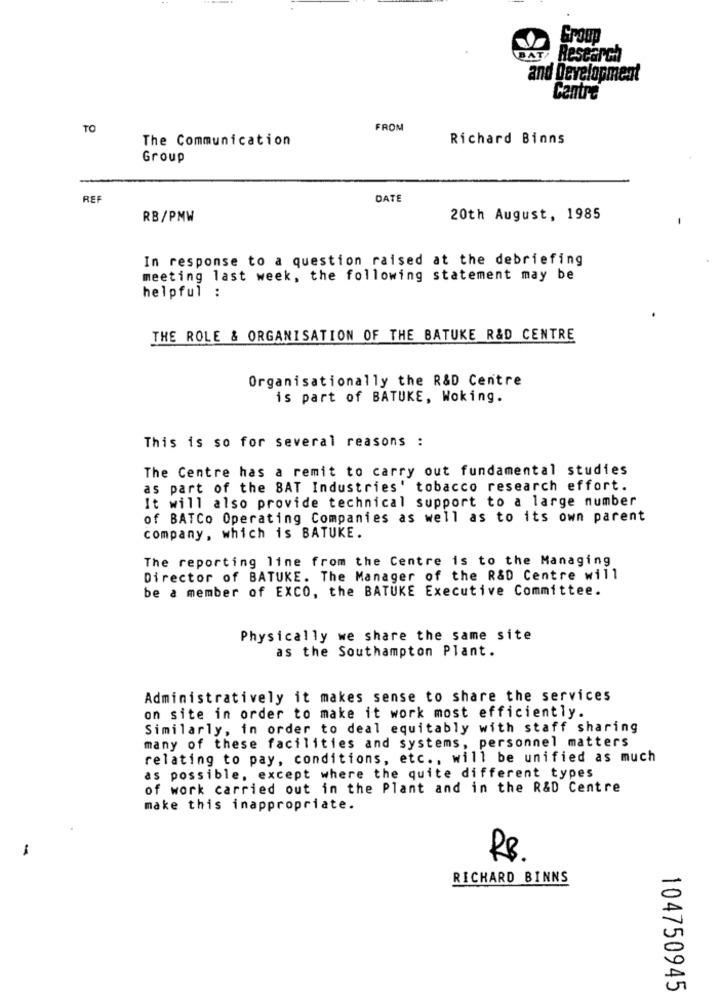
BAT, Research
and Development
Centre
TO
FROM
The Communication
Richard Binns
Group
REF
DATE
RB/PMW
20th August, 1985
In response to a question raised at the debriefing
meeting last week, the following statement may be
helpful :
THE ROLE & ORGANISATION OF THE BATUKE R&D CENTRE
Organisationally the R&D Centre
is part of BATUKE, Woking.
This is so for several reasons :
The Centre has a remit to carry out fundamental studies
as part of the BAT Industries' tobacco research effort.
It will also provide technical support to a large number
of BATCo Operating Companies as well as to its own parent
company, which is BATUKE.
The reporting line from the Centre is to the Managing
Director of BATUKE. The Manager of the R&D Centre will
be a member of EXCO, the BATUKE Executive Committee.
Physically we share the same site
as the Southampton Plant.
Administratively it makes sense to share the services
on site in order to make it work most efficiently.
Similarly, in order to deal equitably with staff sharing
many of these facilities and systems, personnel matters
relating to pay, conditions, etc ., will be unified as much
as possible, except where the quite different types
of work carried out in the Plant and in the R&D Centre
make this inappropriate.
RB.
RICHARD BINNS
104750945